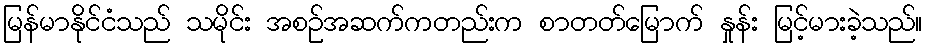
မြန်မာနိုင်ငံသည် သမိုင်း အစဉ်အဆက်ကတည်းက စာတတ်မြောက် နှုန်း မြင့်မားခဲ့သည်။